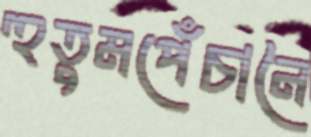
হুতুমপেঁচানৈ